Report on plague and inoculation in the Punjab from October 1st ... to September 30th..., being the ... season of plague in the province
Disease focus: Plague
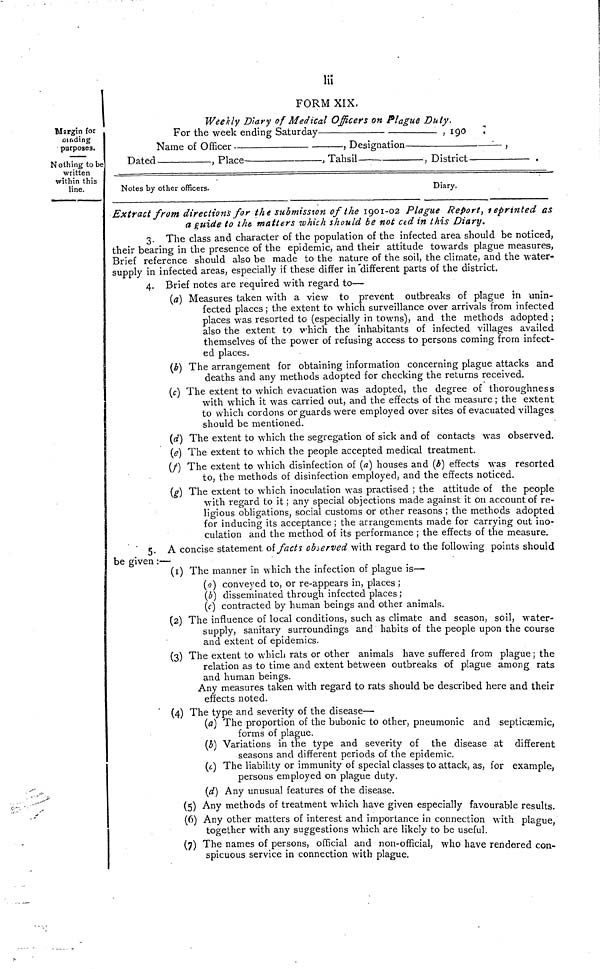
lii
FORM XIX.
Weekly Diary of Medical Officers on Plague Duty.
For the week ending Saturday
, 190
Name of Officer
, Designation
— ,
Dated
, Place
,
Tahsil
, District
.
Notes by other officers.
Diary.
Margin for
Dinding
purposes.
Nothing to be
written
within this
line.
Extract from direction's for the submission of the 1901-02 Plague Report, reprinted as
a guide to the matters which should be not ced in this Diary,
3. The class and character of the population of the infected area should be noticed,
their bearing in the presence of the epidemic, and their attitude towards plague measures,
Brief reference should also be made to the nature of the soil, the climate, and the water-
supply in infected areas, especially if these differ in "different parts of the district.
4. Brief notes are required with regard to—
(a) Measures taken with a view to prevent outbreaks of plague in unin-
fected places ; the extent to which surveillance over arrivals from infected
places was resorted to (especially in towns), and the methods adopted ;
also the extent to which the inhabitants of infected villages availed
themselves of the power of refusing access to persons coming from infect-
ed places.
(b) The arrangement for obtaining information concerning plague attacks and
deaths and any methods adopted for checking the returns received.
(c) The extent to which evacuation was adopted, the degree of thoroughness
with which it was carried out, and the effects of the measure ; the extent
to which cordons or guards were employed over sites of evacuated villages
should be mentioned.
(d) The extent to which the segregation of sick and of contacts was observed.
(e) The extent to which the people accepted medical treatment.
(f) The extent to which disinfection of (a) houses and (b) effects was resorted
to, the methods of disinfection employed, and the effects noticed.
(g) The extent to which inoculation was practised ; the attitude of the people
with regard to it ; any special objections made against it on account of re-
ligious obligations, social customs or other reasons ; the methods adopted
for inducing its acceptance ; the arrangements made for carrying out ino-
culation and the method of its performance ; the effects of the measure.
5. A concise statement of facts observed with regard to the following points should
be given :—
(1) The manner in which the infection of plague is—
(a) conveyed to, or re-appears in, places ;
(b) disseminated through infected places ;
(c) contracted by human beings and other animals.
(2) The influence of local conditions, such as climate and season, soil, 'water-
supply, sanitary surroundings and habits of the people upon the course
and extent of epidemics.
(3) The extent to which rats or other animals have suffered from plague; the
relation as to time and extent between outbreaks of plague among rats
and human beings.
Any measures taken with regard to rats should be described here and their
effects noted.
(4) The type and severity of the disease—
(a) The proportion of the bubonic to other, pneumonic and septicæmic,
forms of plague.
(b) Variations in the type and severity of the disease at different
seasons and different periods of the epidemic.
(c) The liability or immunity of special classes to attack, as, for example,
persons employed on plague duty.
(d) Any unusual features of the disease.
(5) Any methods of treatment which have given especially favourable results.
(6) Any other matters of interest and importance in connection with plague
together with any suggestions which are likely to be useful.
(7) The names of persons, official and non-official, who have rendered con-
spicuous service in connection with plague.